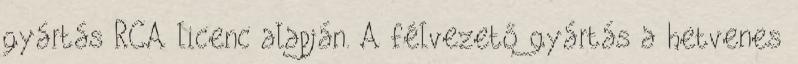
gyártás RCA licenc alapján. A félvezető gyártás a hetvenes